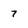
Character: 7